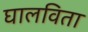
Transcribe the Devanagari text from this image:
घालविता